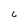
Character: c